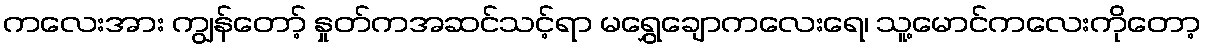
ကလေးအား ကျွန်တော့် နှုတ်ကအဆင်သင့်ရာ မရွှေချောကလေးရေ၊ သူ့မောင်ကလေးကိုတော့